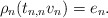
\begin{align*} \rho_n(t_{n,n}v_n) = e_n.\end{align*}